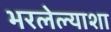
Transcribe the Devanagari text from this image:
भरलेल्याशा